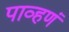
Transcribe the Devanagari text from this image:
पाव्हणं